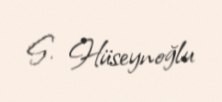
S. Hüseynoğlu